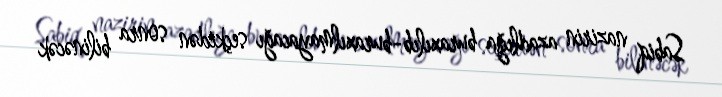
Sabiq nazirin azadlığa buraxılıb-buraxılmayacağı seçkidən sonra bilinəcək